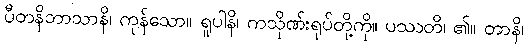
ပီတနိဘာသာနိ၊ ကုန်သော။ ရူပါနိ၊ ကသိုဏ်းရုပ်တို့ကို။ ပဿတိ၊ ၏။ တာနိ၊